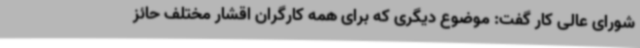
شورای عالی کار گفت: موضوع دیگری که برای همه کارگران اقشار مختلف حائز